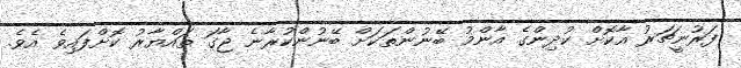
ފަރުނީޗަރު އާކޮށް ކުދިންގެ އާންމު ބޭނުންތަކަށް ބޭނުންކުރާނެ ޖާގަ ތައްޔާރު ކޮށްފައިވެ އެވެ.